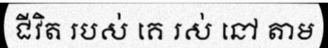
ជីវិត របស់ គេ រស់ នៅ តាម